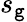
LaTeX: s_{\mathtt{g}}